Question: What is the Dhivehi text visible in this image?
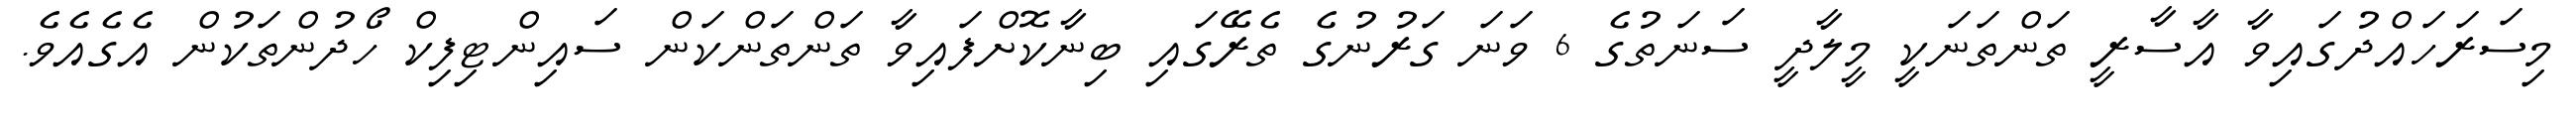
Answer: މިސަރަހައްދުގައިވާ އާސާރީ ތަންތަނަކީ މީލާދީ ސަނަތުގެ 6 ވަނަ ގަރުނުގެ ތެރޭގައި ބިނާކޮށްފައިވާ ތަންތަންކަން ސައިންޓިފިކް ހޯދުންތަކުން އެގެއެވެ.